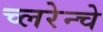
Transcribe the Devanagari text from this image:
च्लरेन्चे